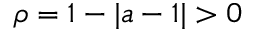
\rho = 1 - | a - 1 | > 0